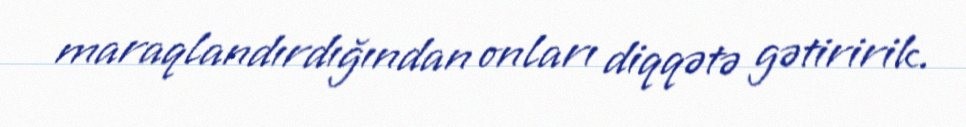
maraqlandırdığından onları diqqətə gətiririk.